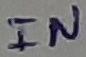
Text: IN